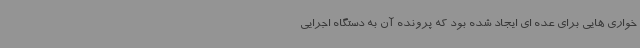
خواری هایی برای عده ای ایجاد شده بود که پرونده آن به دستگاه اجرایی